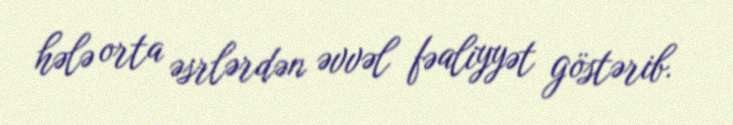
hələ orta əsrlərdən əvvəl fəaliyyət göstərib.